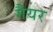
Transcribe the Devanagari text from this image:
गैयर